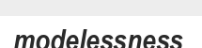
modelessness